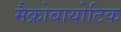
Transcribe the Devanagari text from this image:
मैक्रोबायोटिक